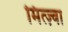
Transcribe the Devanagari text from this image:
मित्ज़्वा